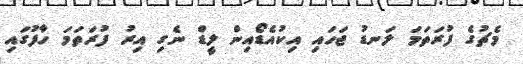
މެޗުގެ ފުރަތަމަ ލަނޑު ޖަހައި އިކުއެޑޯއިން ލީޑް ނެގި އިރު ފުރަތަމަ ހާފުގައި